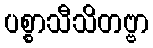
ပစ္စာသီသိတဗ္ဗာ